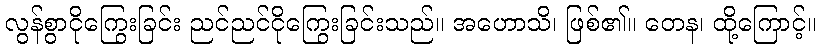
လွန်စွာငိုကြွေးခြင်း ညင်ညင်ငိုကြွေးခြင်းသည်။ အဟောသိ၊ ဖြစ်၏။ တေန၊ ထို့ကြောင့်။